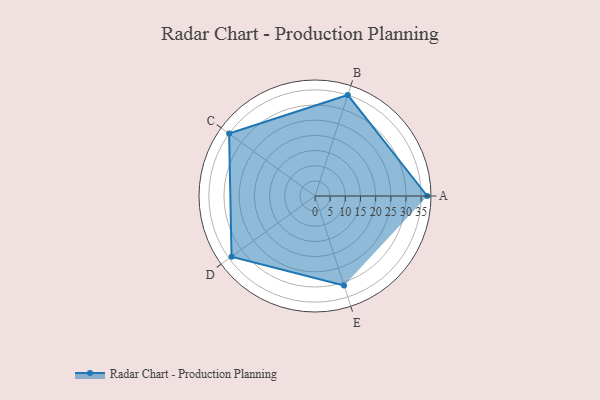
{"axis": {"x": "Skill", "y": "Score"}, "legend": ["Profile"], "data": [{"x": "A", "y": 37.0, "type": "Profile"}, {"x": "B", "y": 35.0, "type": "Profile"}, {"x": "C", "y": 35.0, "type": "Profile"}, {"x": "D", "y": 34.0, "type": "Profile"}, {"x": "E", "y": 31.0, "type": "Profile"}]}